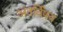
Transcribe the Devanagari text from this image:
अंतर्विषय